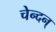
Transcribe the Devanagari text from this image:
चेन्दन्